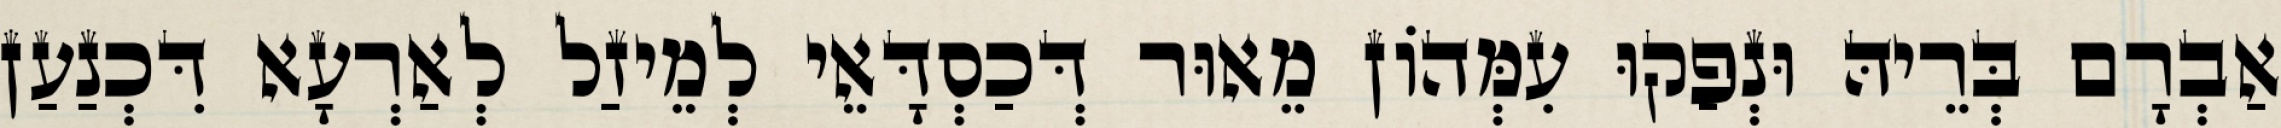
אַבְרָם בְּרֵיהּ וּנְפַקוּ עִמְּהוֹן מֵאוּר דְּכַסְדָּאֵי לְמֵיזַל לְאַרְעָא דִּכְנַעַן